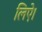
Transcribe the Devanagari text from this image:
लिऐ।